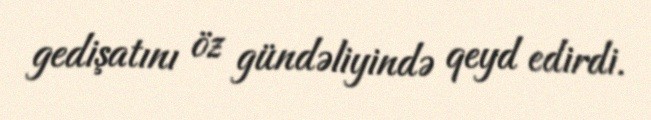
gedişatını öz gündəliyində qeyd edirdi.